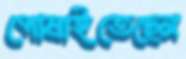
পোষাইতেছেন